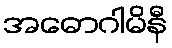
အဓောဂါမိနီ